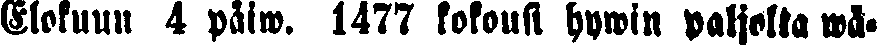
Elokuun 4 päiw. 1477 kokousi hywin paljolta wä-